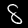
Label: 8